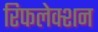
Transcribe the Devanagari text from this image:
रिफलेक्शन